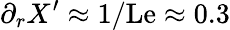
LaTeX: \partial_{r}X^{\prime}\approx 1/\mathrm{Le}\approx 0.3